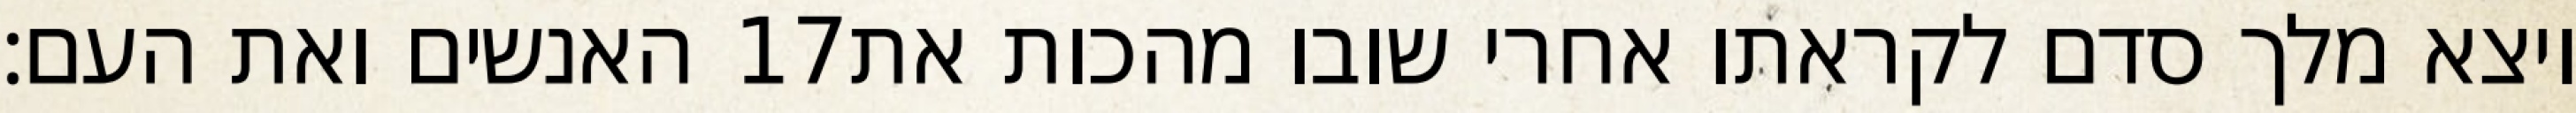
האנשים ואת העם׃ ‎17‏ ויצא מלך סדם לקראתו אחרי שובו מהכות את